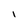
Character: I